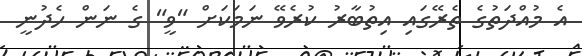
އެ މުއްދަތުގެ ތެރޭގައި އިތުބާރު ކުރެވޭ ނަމަކަށް "ވީ" ގެ ނަން ހެދުނީ